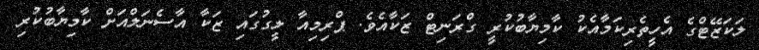
ލަކަޒޭޓްގެ އެހީތެރިކަމާއެކު ކާމިޔާބުކުރީ ގްރަނިޓް ޒަކާއެވެ. ޕްރިމިއާ ލީގުގައި ޒަކާ އާސެނަލްއަށް ކާމިޔާބުކުރި